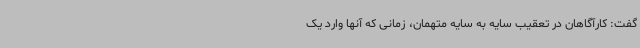
گفت: کارآگاهان در تعقیب سایه به سایه متهمان، زمانی که آنها وارد یک